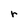
Character: r